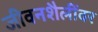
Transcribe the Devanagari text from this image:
जीवनशैलींवर